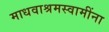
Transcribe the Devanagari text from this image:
माधवाश्रमस्वामींना